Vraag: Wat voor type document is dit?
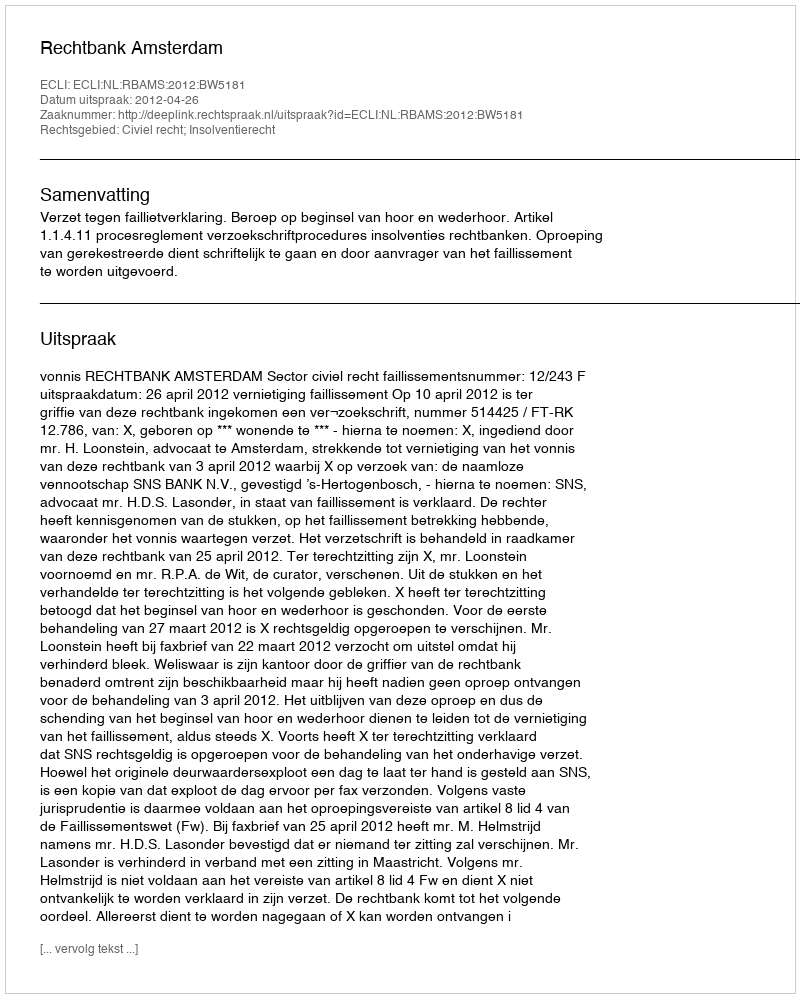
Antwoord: Uitspraak